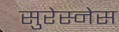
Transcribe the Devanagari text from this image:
सुरेस्नेस